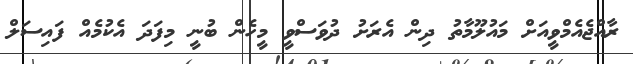
ރާއްޖެއެމްވީއަށް މައުލޫމާތު ދިން އެރަށު ދުވަސްވީ މީހެން ބުނީ މިފަދަ އެކުމެއް ފައިސަލް